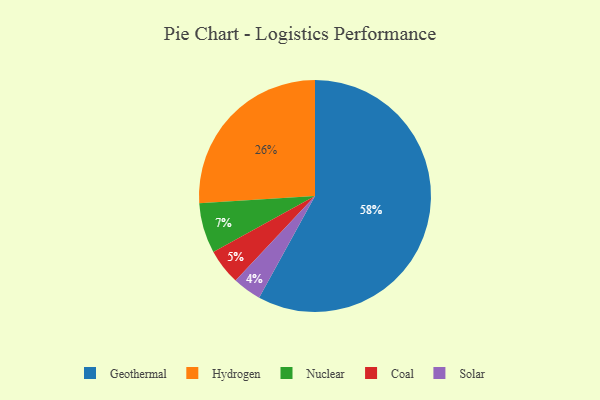
{"axis": {"x": "Category", "y": "Percentage"}, "legend": ["Coal", "Geothermal", "Hydrogen", "Nuclear", "Solar"], "data": [{"x": "Geothermal", "y": 58, "type": "Geothermal"}, {"x": "Nuclear", "y": 7, "type": "Nuclear"}, {"x": "Coal", "y": 5, "type": "Coal"}, {"x": "Solar", "y": 4, "type": "Solar"}, {"x": "Hydrogen", "y": 26, "type": "Hydrogen"}]}